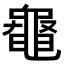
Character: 𪓝